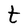
Character: t